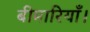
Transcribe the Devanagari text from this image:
बीमारियाँ।